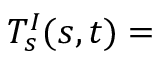
T _ { s } ^ { I } ( s , t ) =